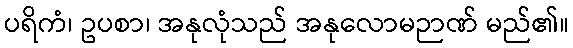
ပရိကံ၊ ဥပစာ၊ အနုလုံသည် အနုလောမဉာဏ် မည်၏။